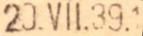
20.VII.39.